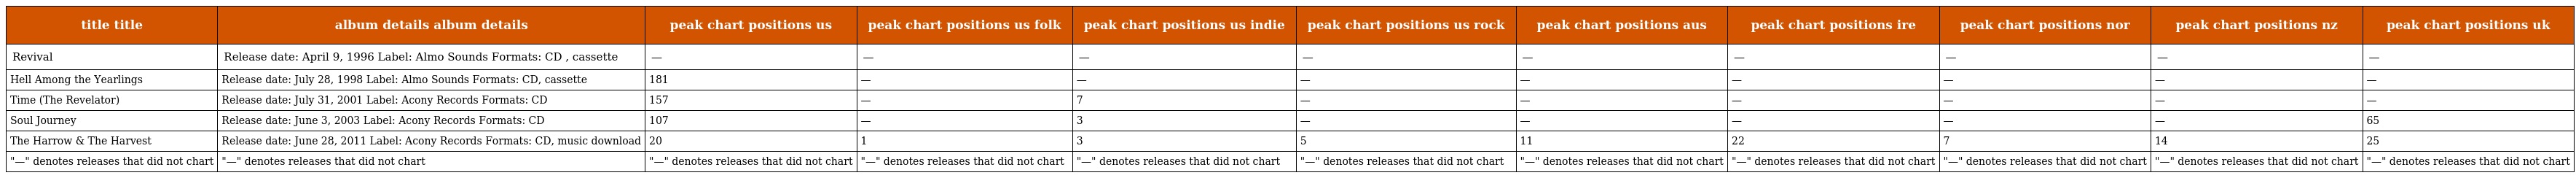
| title title | album details album details | peak chart positions us | peak chart positions us folk | peak chart positions us indie | peak chart positions us rock | peak chart positions aus | peak chart positions ire | peak chart positions nor | peak chart positions nz | peak chart positions uk |
 | --- | --- | --- | --- | --- | --- | --- | --- | --- | --- | --- |
 | Revival | Release date: April 9, 1996 Label: Almo Sounds Formats: CD , cassette | — | — | — | — | — | — | — | — | — |
 | Hell Among the Yearlings | Release date: July 28, 1998 Label: Almo Sounds Formats: CD, cassette | 181 | — | — | — | — | — | — | — | — |
 | Time (The Revelator) | Release date: July 31, 2001 Label: Acony Records Formats: CD | 157 | — | 7 | — | — | — | — | — | — |
 | Soul Journey | Release date: June 3, 2003 Label: Acony Records Formats: CD | 107 | — | 3 | — | — | — | — | — | 65 |
 | The Harrow & The Harvest | Release date: June 28, 2011 Label: Acony Records Formats: CD, music download | 20 | 1 | 3 | 5 | 11 | 22 | 7 | 14 | 25 |
 | "—" denotes releases that did not chart | "—" denotes releases that did not chart | "—" denotes releases that did not chart | "—" denotes releases that did not chart | "—" denotes releases that did not chart | "—" denotes releases that did not chart | "—" denotes releases that did not chart | "—" denotes releases that did not chart | "—" denotes releases that did not chart | "—" denotes releases that did not chart | "—" denotes releases that did not chart |